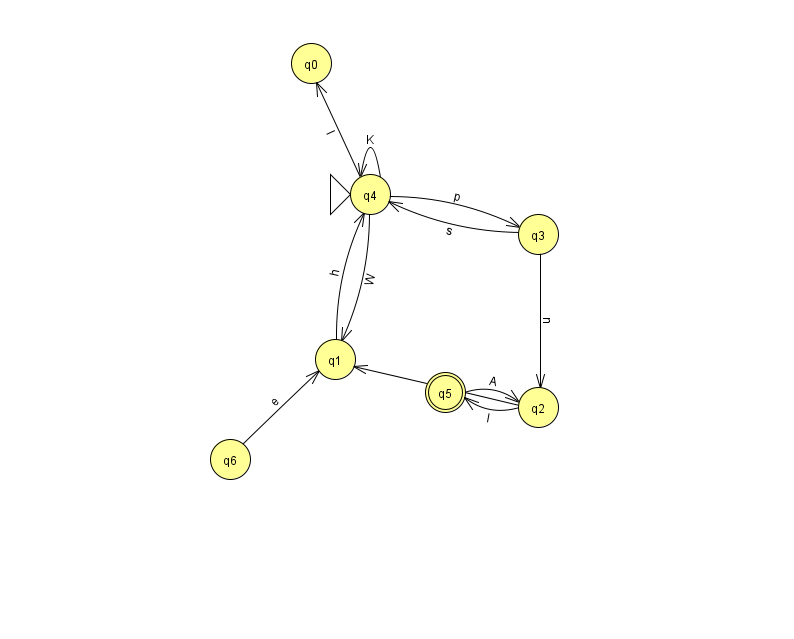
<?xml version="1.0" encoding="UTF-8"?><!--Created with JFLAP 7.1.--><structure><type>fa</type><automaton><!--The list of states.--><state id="0" name="q0"><x>311.0</x><y>50.0</y></state><state id="1" name="q1"><x>335.0</x><y>346.0</y></state><state id="2" name="q2"><x>538.0</x><y>394.0</y></state><state id="3" name="q3"><x>538.0</x><y>221.0</y></state><state id="4" name="q4"><x>370.0</x><y>181.0</y><initial/></state><state id="5" name="q5"><x>445.0</x><y>379.0</y><final/></state><state id="6" name="q6"><x>230.0</x><y>446.0</y></state><!--The list of transitions.--><transition><from>2</from><to>5</to><read>l</read></transition><transition><from>4</from><to>0</to><read>I</read></transition><transition><from>4</from><to>1</to><read>W</read></transition><transition><from>3</from><to>2</to><read>n</read></transition><transition><from>1</from><to>4</to><read>h</read></transition><transition><from>4</from><to>4</to><read>K</read></transition><transition><from>6</from><to>1</to><read>e</read></transition><transition><from>4</from><to>3</to><read>p</read></transition><transition><from>5</from><to>2</to><read>A</read></transition><transition><from>2</from><to>1</to><read>x</read></transition><transition><from>3</from><to>4</to><read>s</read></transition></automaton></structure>